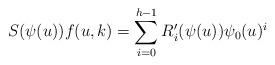
LaTeX: \begin{align*}S(\psi ( u))f( u, k) = \sum _{i=0}^{h-1} R'_i(\psi ( u))\psi _0( u)^i\end{align*}